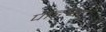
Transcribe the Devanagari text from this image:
पाढर्‍या